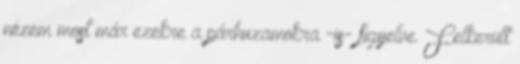
nézem most már ezekre a párhuzamokra -is- figyelve. Felkerült